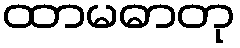
ထာမဓာတု